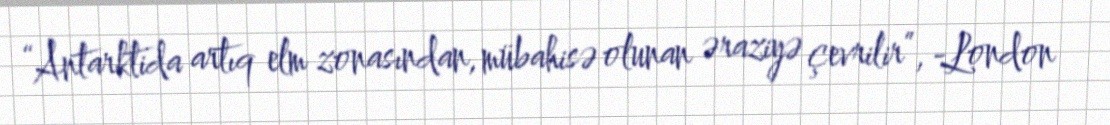
“Antarktida artıq elm zonasından, mübahisə olunan əraziyə çevrilir”, -London